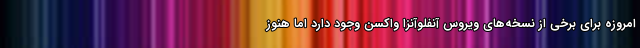
امروزه برای برخی از نسخه‌های ویروس آنفلوآنزا واکسن وجود دارد اما هنوز